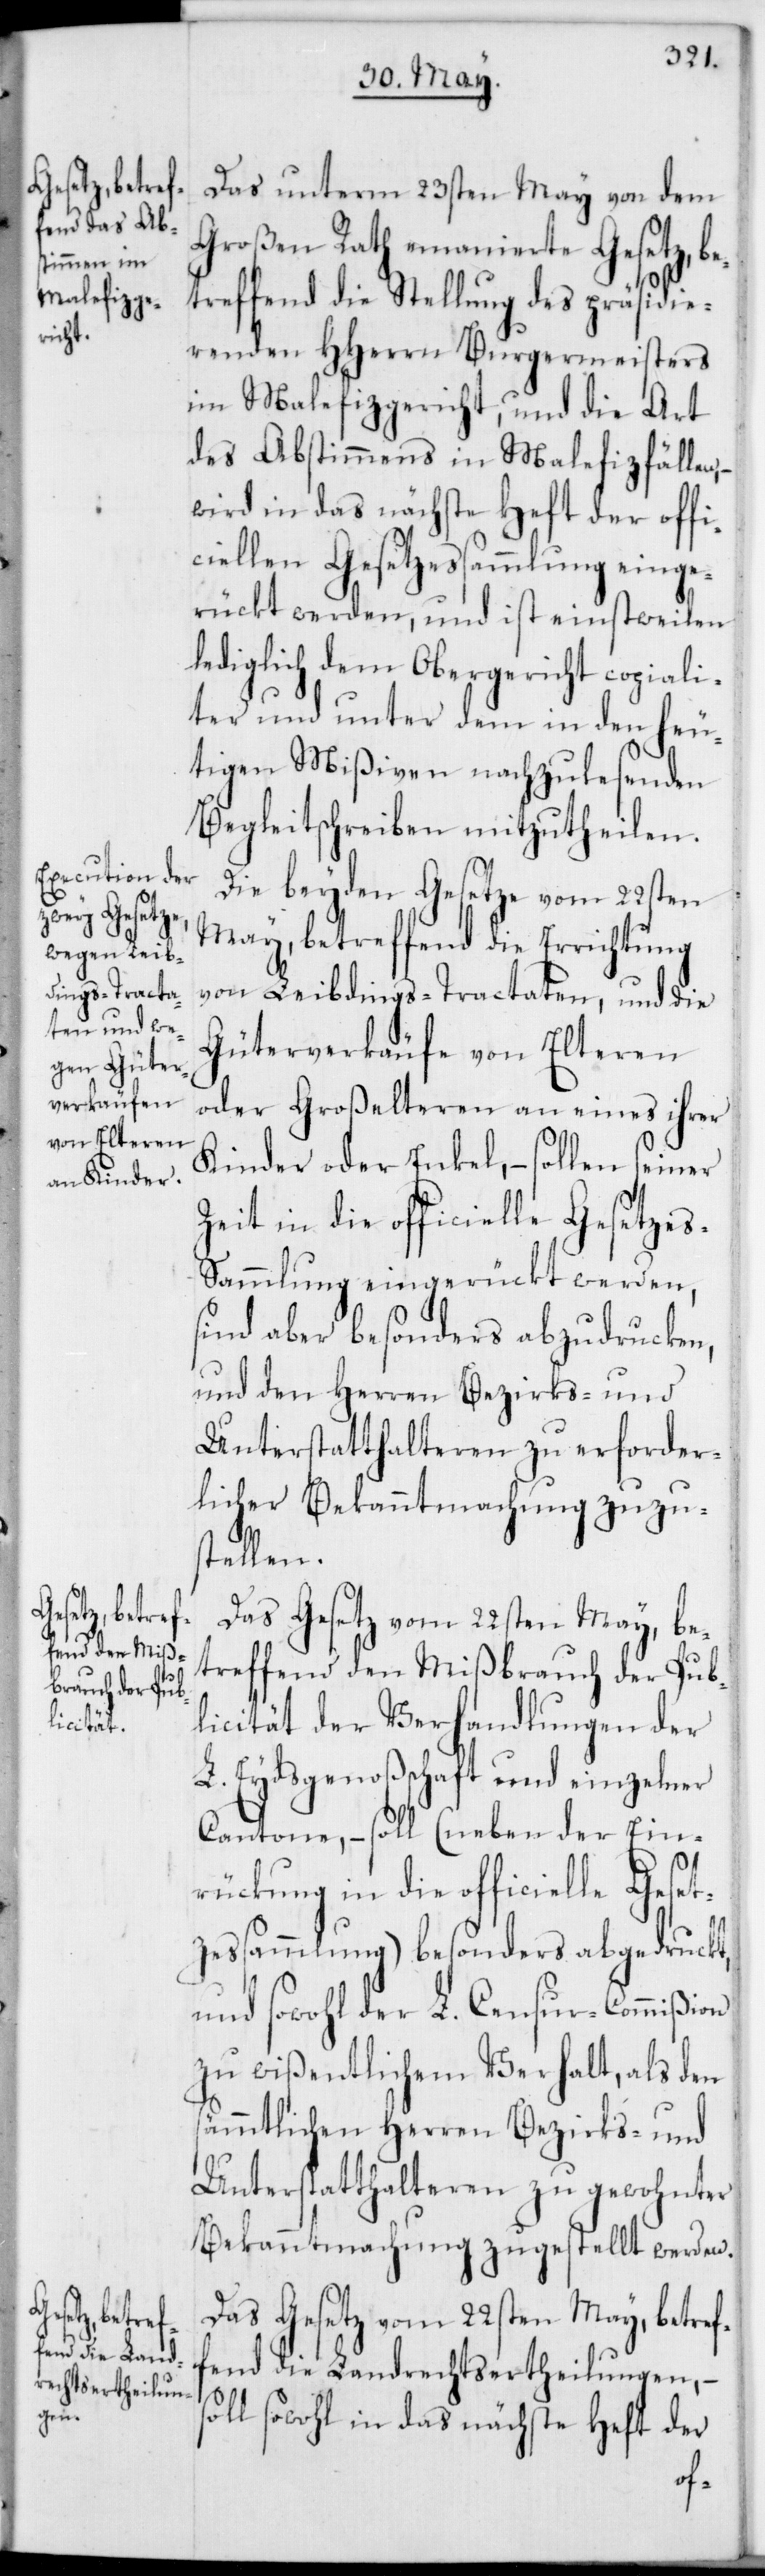
Das unterm 23sten May von dem
Großen Rath emanierte Gesetz, be¬
treffend die Stellung des präsidie¬
renden HHerrn Burgermeisters
im Malefizgericht, und die Art
des Abstimmens in Malefizfällen,
wird in das nächste Heft der offi¬
ciellen Gesetzessammlung einge¬
rückt werden, und ist einstweilen
lediglich dem Obergericht copiali¬
ter und unter dem in den heu¬
tigen Mißiven nachzulesenden
Begleitschreiben mitzutheilen.
Die beyden Gesetze vom 22sten
May, betreffend die Errichtung
von Leibdings-Tractaten, und die
Güterverkäufe von Elteren
oder Großelteren an eines ihrer
Kinder oder Enkel, – sollen seiner
Zeit in die officielle Gesetze¬
s-Sammlung eingerückt werden,
sind aber besonders abzudrucken,
und den Herren Bezirks- und
Unterstatthalteren zu erforder¬
licher Bekanntmachung zuzu¬
stellen.
Das Gesetz vom 22sten May, be¬
treffend den Mißbrauch der Pub¬
licität der Verhandlungen der
L. Eydsgenoßenschaft und einzelner
Cantone, – soll (neben der Ein¬
rückung in die officielle Geset¬
zessammlung) besonders abgedruckt
und sowohl der L. Censur-Commißion
zu wißentlichem Verhalt, als den
sämmtlichen Herren Bezirks- und
Unterstatthalteren zu gewohnter
Bekanntmachung zugestellt werden.
Das Gesetz vom 22sten May, betref¬
fend die Landrechtsertheilungen, –
ll sowohl in das nächste Heft der
so¬